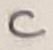
Text: C